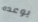
بوعده